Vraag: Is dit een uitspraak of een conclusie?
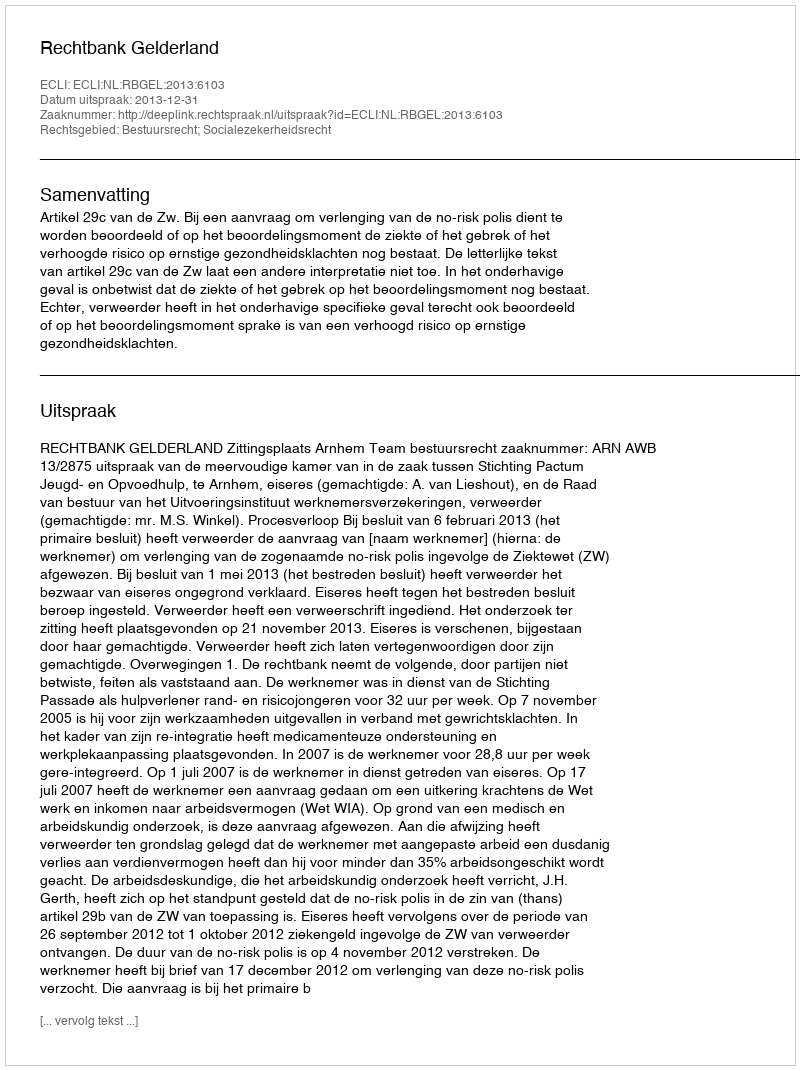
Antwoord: Uitspraak